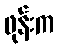
ဖုန်းက